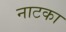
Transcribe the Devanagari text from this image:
नाटका